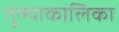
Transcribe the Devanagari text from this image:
तुल्याकालिका